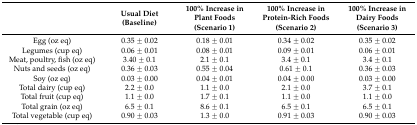
|  | Usual Diet (Baseline) | 100% Increase in Plant Foods (Scenario 1) | 100% Increase in Protein-Rich Foods (Scenario 2) | 100% Increase in Dairy Foods (Scenario 3) |
 | --- | --- | --- | --- | --- |
 | Egg (oz eq) | 0.35 ± 0.02 | 0.18 ± 0.01 | 0.34 ± 0.02 | 0.35 ± 0.02 |
 | Legumes (cup eq) | 0.06 ± 0.01 | 0.08 ± 0.01 | 0.09 ± 0.01 | 0.06 ± 0.01 |
 | Meat, poultry, fish (oz eq) | 3.40 ± 0.1 | 2.1 ± 0.1 | 3.4 ± 0.1 | 3.4 ± 0.1 |
 | Nuts and seeds (oz eq) | 0.36 ± 0.03 | 0.55 ± 0.04 | 0.61 ± 0.1 | 0.36 ± 0.03 |
 | Soy (oz eq) | 0.03 ± 0.00 | 0.04 ± 0.01 | 0.04 ± 0.00 | 0.03 ± 0.00 |
 | Total dairy (cup eq) | 2.2 ± 0.0 | 1.1 ± 0.0 | 2.1 ± 0.0 | 3.7 ± 0.1 |
 | Total fruit (cup eq) | 1.1 ± 0.0 | 1.7 ± 0.1 | 1.1 ± 0.0 | 1.1 ± 0.0 |
 | Total grain (oz eq) | 6.5 ± 0.1 | 8.6 ± 0.1 | 6.5 ± 0.1 | 6.5 ± 0.1 |
 | Total vegetable (cup eq) | 0.90 ± 0.03 | 1.3 ± 0.0 | 0.91 ± 0.03 | 0.90 ± 0.03 |